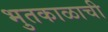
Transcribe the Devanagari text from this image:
भुतकाळाची